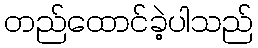
တည်ထောင်ခဲ့ပါသည်